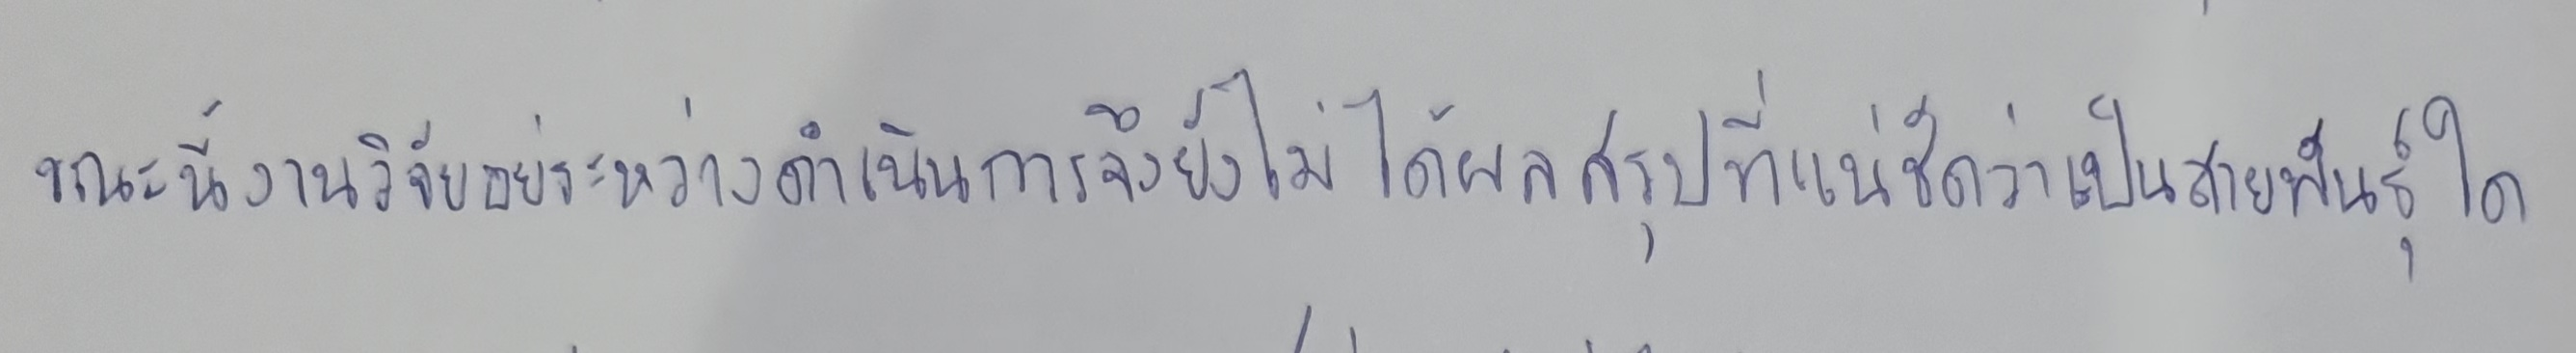
"ขณะนี้งานวิจัยอยู่ระหว่างดำเนินการจึงยังไม่ได้ผลสรุปที่แน่ชัดว่าจะเป็นสายพันธุ์ใด